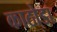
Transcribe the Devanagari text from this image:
काठोडा